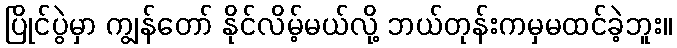
ပြိုင်ပွဲမှာ ကျွန်တော် နိုင်လိမ့်မယ်လို့ ဘယ်တုန်းကမှမထင်ခဲ့ဘူး။